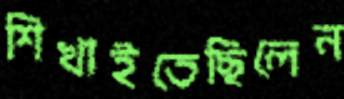
শিখাইতেছিলেন